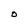
Character: O